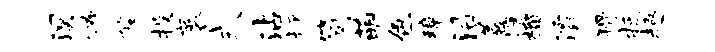
溟怖陛投袤式沾坪简萌色璋沿善慷榴灞猾抵趣